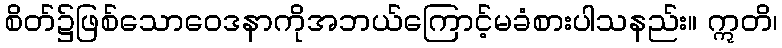
စိတ်၌ဖြစ်သောဝေဒနာကိုအဘယ်ကြောင့်မခံစားပါသနည်း။ ဣတိ၊